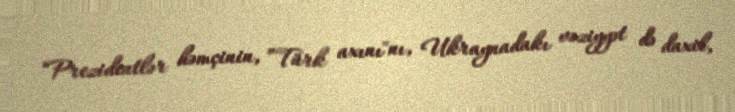
“Prezidentlər həmçinin, ”Türk axını"nı, Ukraynadakı vəziyyət də daxil,